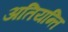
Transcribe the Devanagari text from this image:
अतियन्ति